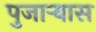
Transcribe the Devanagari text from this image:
पुजार्‍यास